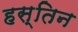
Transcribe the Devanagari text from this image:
हस्तिन